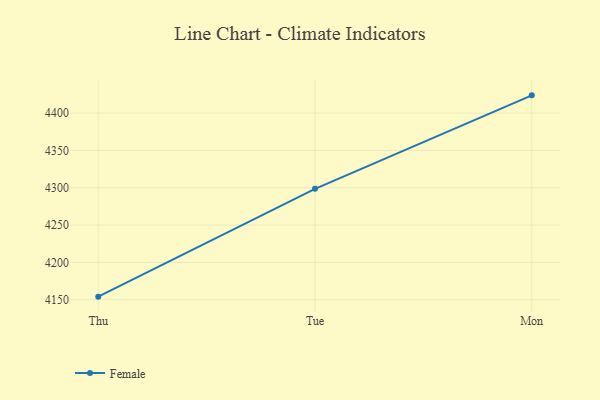
{"axis": {"x": "Day", "y": "Backlog"}, "legend": ["Female"], "data": [{"x": "Thu", "y": 4154.1, "type": "Female"}, {"x": "Tue", "y": 4298.6, "type": "Female"}, {"x": "Mon", "y": 4423.8, "type": "Female"}]}